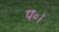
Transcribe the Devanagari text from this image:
प॰।